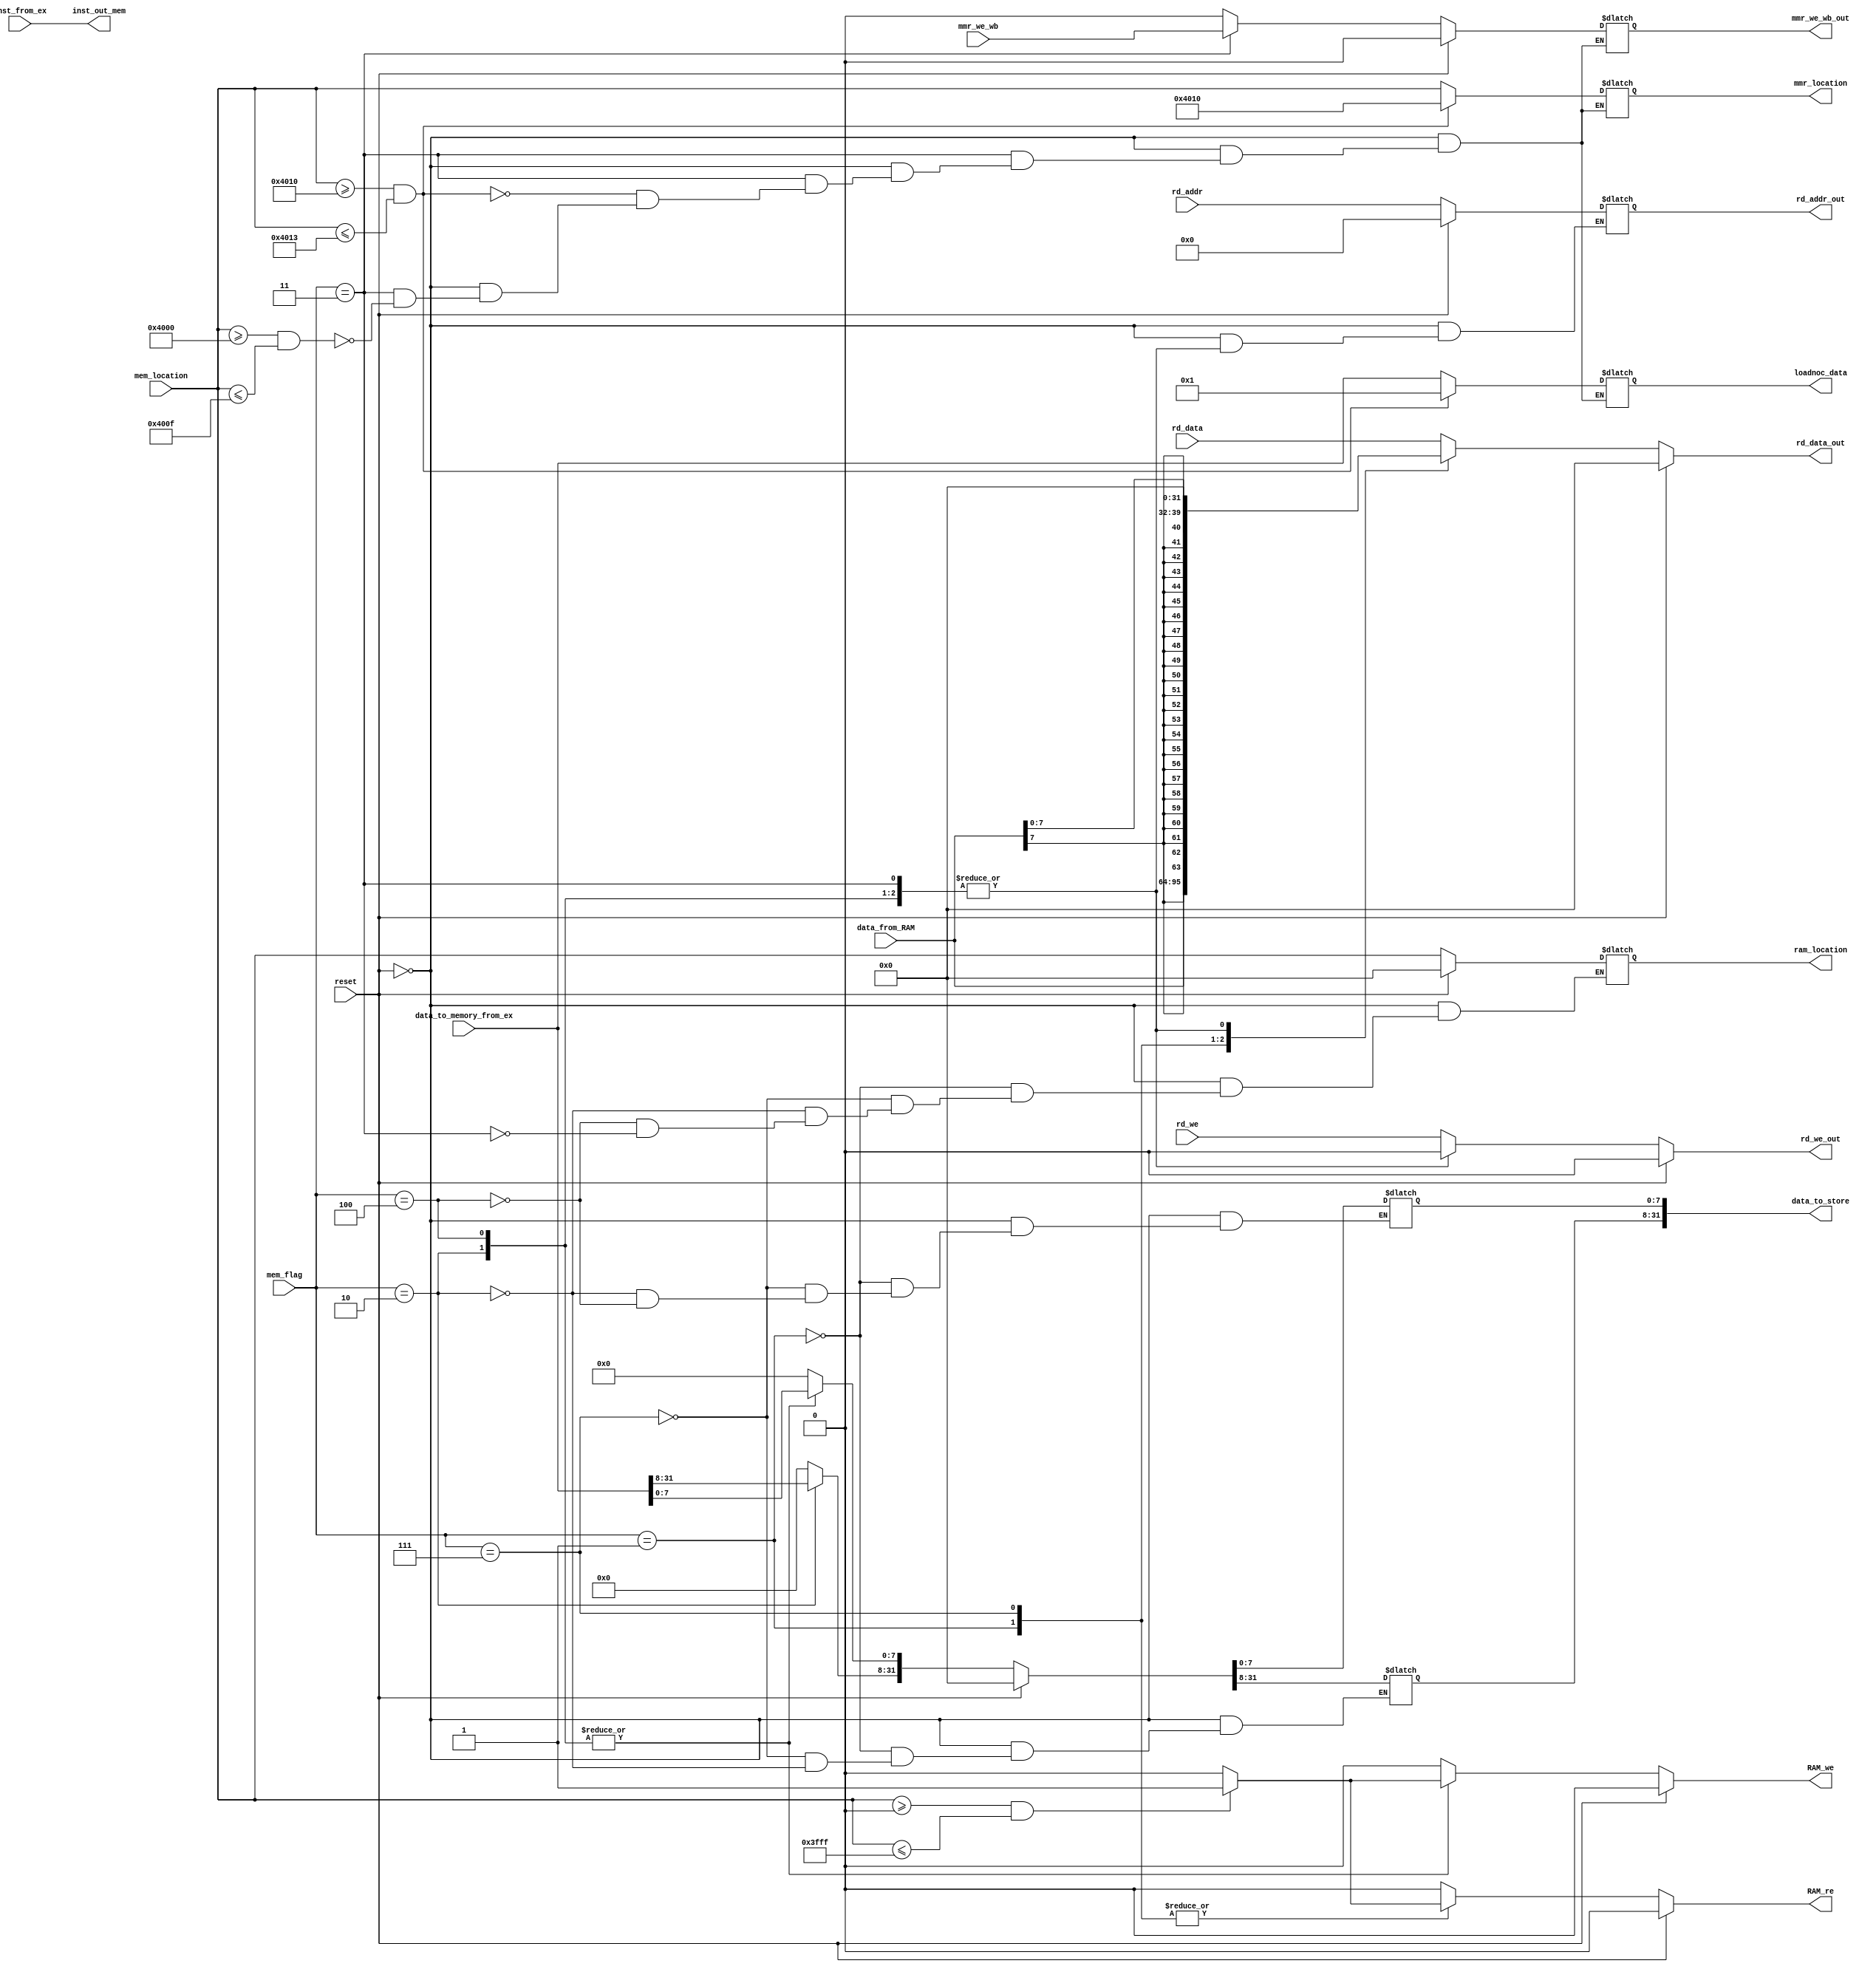
`define LW_flag 3'b001
`define LB_flag 3'b111

`define SW_flag 3'b010
`define SB_flag  3'b100

`define loadnoc 3'b011
module mem_stage (
    input reset,
    input [4:0]rd_addr,
    input [31:0]rd_data,
    input rd_we,
    input [31:0]mem_location,
    input [2:0]mem_flag,
   
    input [31:0]inst_from_ex,
    input [31:0]data_from_RAM, //for LW
    input [31:0] data_to_memory_from_ex, //for sw or loadnoc
    output reg [31:0] rd_data_out,
    output reg [4:0] rd_addr_out,
    output reg rd_we_out,
    output reg [31:0] ram_location, //to RAM
    output reg [31:0]data_to_store, // for SW or loadnoc
    /*****changes**************/
   
    input mmr_we_wb, // control signal to write in MMR
    output reg [31:0] mmr_location,  //address for loadnoc or storenoc to MMR**************
    output reg mmr_we_wb_out,
    output reg [31:0] loadnoc_data,  
   // output reg[2:0] mem_flag_out, 
    /**************************/
    output reg RAM_re, RAM_we,
    output [31:0] inst_out_mem
);


assign inst_out_mem = inst_from_ex;

always @(*) begin
    if (reset) begin
        ram_location=0;
        data_to_store=0;
        rd_data_out=0;
        rd_addr_out=0;
        rd_we_out=0;
        {RAM_we, RAM_re}=0;
        /******changes***********/
        mmr_we_wb_out = 0;
        mmr_location = 32'hx;
        loadnoc_data = 32'hx;
        /***********************/
    end
    else begin
        case (mem_flag)
            `LW_flag:begin
                RAM_re = (mem_location >=0 && mem_location<=32'h00003fff) ? 1:0;  //read RAM if address lies in this range//
                RAM_we = 0;
                data_to_store = 0;
                ram_location = mem_location; // calculated address from execute stage to memory stage and then to RAM
                rd_data_out = data_from_RAM; // loaded data from RAM to output(wb) stage
                rd_addr_out = rd_addr;
                rd_we_out = rd_we;
                /******changes***********/
                mmr_we_wb_out = 0;
                mmr_location = 32'hx;
                loadnoc_data = 32'hx;
                /***********************/
         
            end 
            /************Changes*********************/
            `LB_flag:begin
            RAM_re = (mem_location >=0 && mem_location<=32'h00003fff) ? 1:0;  //read RAM if address lies in this range//
            RAM_we = 0;
            data_to_store = 0;
            ram_location = mem_location; // calculated address from execute stage to memory stage and then to RAM
            rd_data_out = { {24{data_from_RAM[7]}} ,data_from_RAM[7:0]}; // loaded data from RAM to output(wb) stage
            rd_addr_out = rd_addr;
            rd_we_out = rd_we;
            /******changes***********/
            mmr_we_wb_out = 0;
            mmr_location = 32'hx;
            loadnoc_data = 32'hx;
            /***********************/
     
           end 
            /****************************************/


            `SW_flag : begin
                RAM_re = 0;
                RAM_we = (mem_location >=0 && mem_location<=32'h00003fff) ? 1:0;
                ram_location = mem_location;     // calculated address "<rs2+imm>" from execute stage to memory stage and then to RAM
                data_to_store = data_to_memory_from_ex ; //stored to RAM
               /* rd_addr_out= rd_addr; */
                /******changes***********/
                mmr_we_wb_out = 0;
                mmr_location = 32'hx;
                loadnoc_data = 32'hx;
                /***********************/
                rd_we_out = 0;
                rd_data_out = 0;
            end
            /**************CHANGES******************/
            `SB_flag : begin
            RAM_re = 0;
            RAM_we = (mem_location >=0 && mem_location<=32'h00003fff) ? 1:0;
            ram_location = mem_location;     // calculated address "<rs2+imm>" from execute stage to memory stage and then to RAM
            data_to_store[7:0] = data_to_memory_from_ex ; //stored to RAM
           /* rd_addr_out= rd_addr; */
            /******changes***********/
            mmr_we_wb_out = 0;
            mmr_location = 32'hx;
            loadnoc_data = 32'hx;
            /***********************/
            rd_we_out = 0;
            rd_data_out = 0;
            end
            /****************************************/



            `loadnoc : begin
                RAM_re =  0  ;
                RAM_we = 0 ;
                rd_we_out = 0;
                ram_location = mem_location;   
                // /******changes***********/  bypass the control signal
                if (ram_location>=32'h00004000 && ram_location<=32'h0000400f) begin
                    mmr_we_wb_out = mmr_we_wb;
                    mmr_location = mem_location;    // calculated address "<rs1+imm>" from execute stage to MMR
                    loadnoc_data = data_to_memory_from_ex;  // "rs2" to store in MMR<rs1+imm>
                    /***********************/
                end    
                /************Changes****************/
                    //STORENOC
                if (ram_location >= 32'h00004010 && ram_location<=32'h00004013) begin
                    mmr_we_wb_out = mmr_we_wb;
                    mmr_location = 32'h00004010;    // calculated address "<rs1+imm>" from execute stage to MMR
                    loadnoc_data = 32'd1;  // "1" to store in MMR<rs1+imm>
                end    
                   /*******************************/ 
                rd_data_out = 0;    
                end
             

                
            
            default: begin  // not memory instructions // so pass rd to next stage (WB)
                rd_we_out = rd_we;
                rd_addr_out = rd_addr;
                rd_data_out = rd_data;
               // mem_flag_out = 0;
                /******changes***********/
                RAM_re =  0  ;
                RAM_we = 0 ;
                mmr_we_wb_out = 0;
                mmr_location = 32'hx;
                loadnoc_data = 32'hx;
                /***********************/
            end
        endcase
    end
end

    
endmodule